Scottish Certificate of Education, 1962
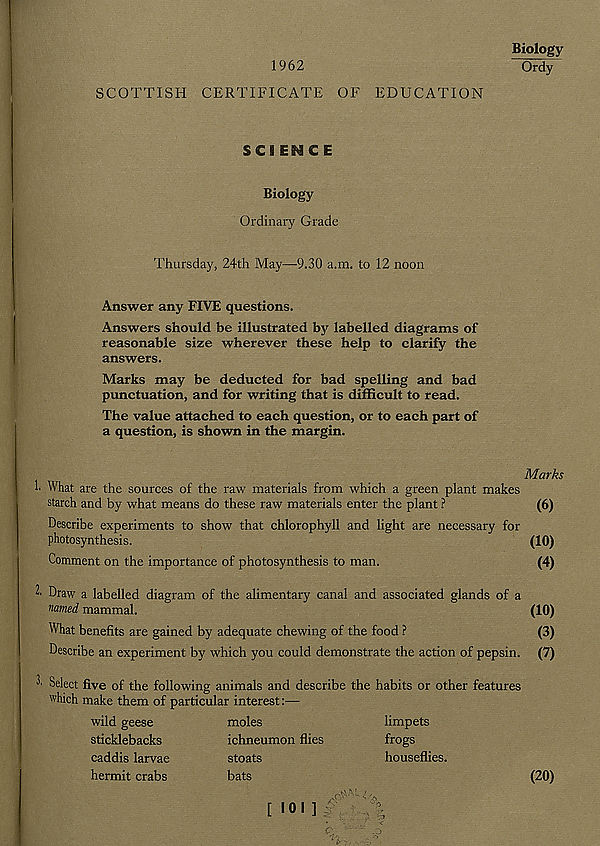
1962
Biology
Ordy
SCOTTISH CERTIFICATE OF EDUCATION
SCIENCE
Biology
Ordinary Grade
Thursday, 24th May—9.30 a.m. to 12 noon
Answer any FIVE questions.
Answers should be illustrated by labelled diagrams of
reasonable size wherever these help to clarify the
answers.
Marks may be deducted for bad spelling and bad
punctuation, and for writing that is difficult to read.
The value attached to each question, or to each part of
a question, is shown in the margin.
'• What are the sources of the raw materials from which a green plant makes
starch and by what means do these raw materials enter the plant ?
Describe experiments to show that chlorophyll and light are necessary for
photosynthesis.
Comment on the importance of photosynthesis to man.
2' Draw a labelled diagram of the alimentary canal and associated glands of a
named mammal.
What benefits are gained by adequate chewing of the food ?
Describe an experiment by which you could demonstrate the action of pepsin.
3. Select five of the following animals and describe the habits or other features
which make them of particular interest:—
wild geese
sticklebacks
caddis larvae
hermit crabs
moles
ichneumon flies
stoats
bats
limpets
frogs
houseflies.
[ ioi ]
Marks
(6)
(10)
(4)
(10)
(3)
(7)
(20)